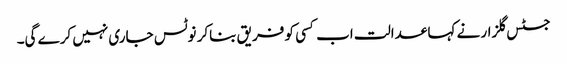
جسٹس گلزار نے کہا عدالت اب کسی کو فریق بناکر نوٹس جاری نہیں کرے گی۔